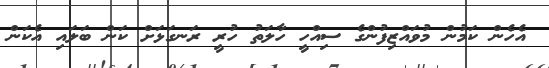
އެހެން ކަމުން މުވައްޒިފުންގެ ސިއްހީ ހާލަތު ހުރީ ރަނގަޅަށް ކަން ބަލައި އެކަން